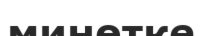
минөтке